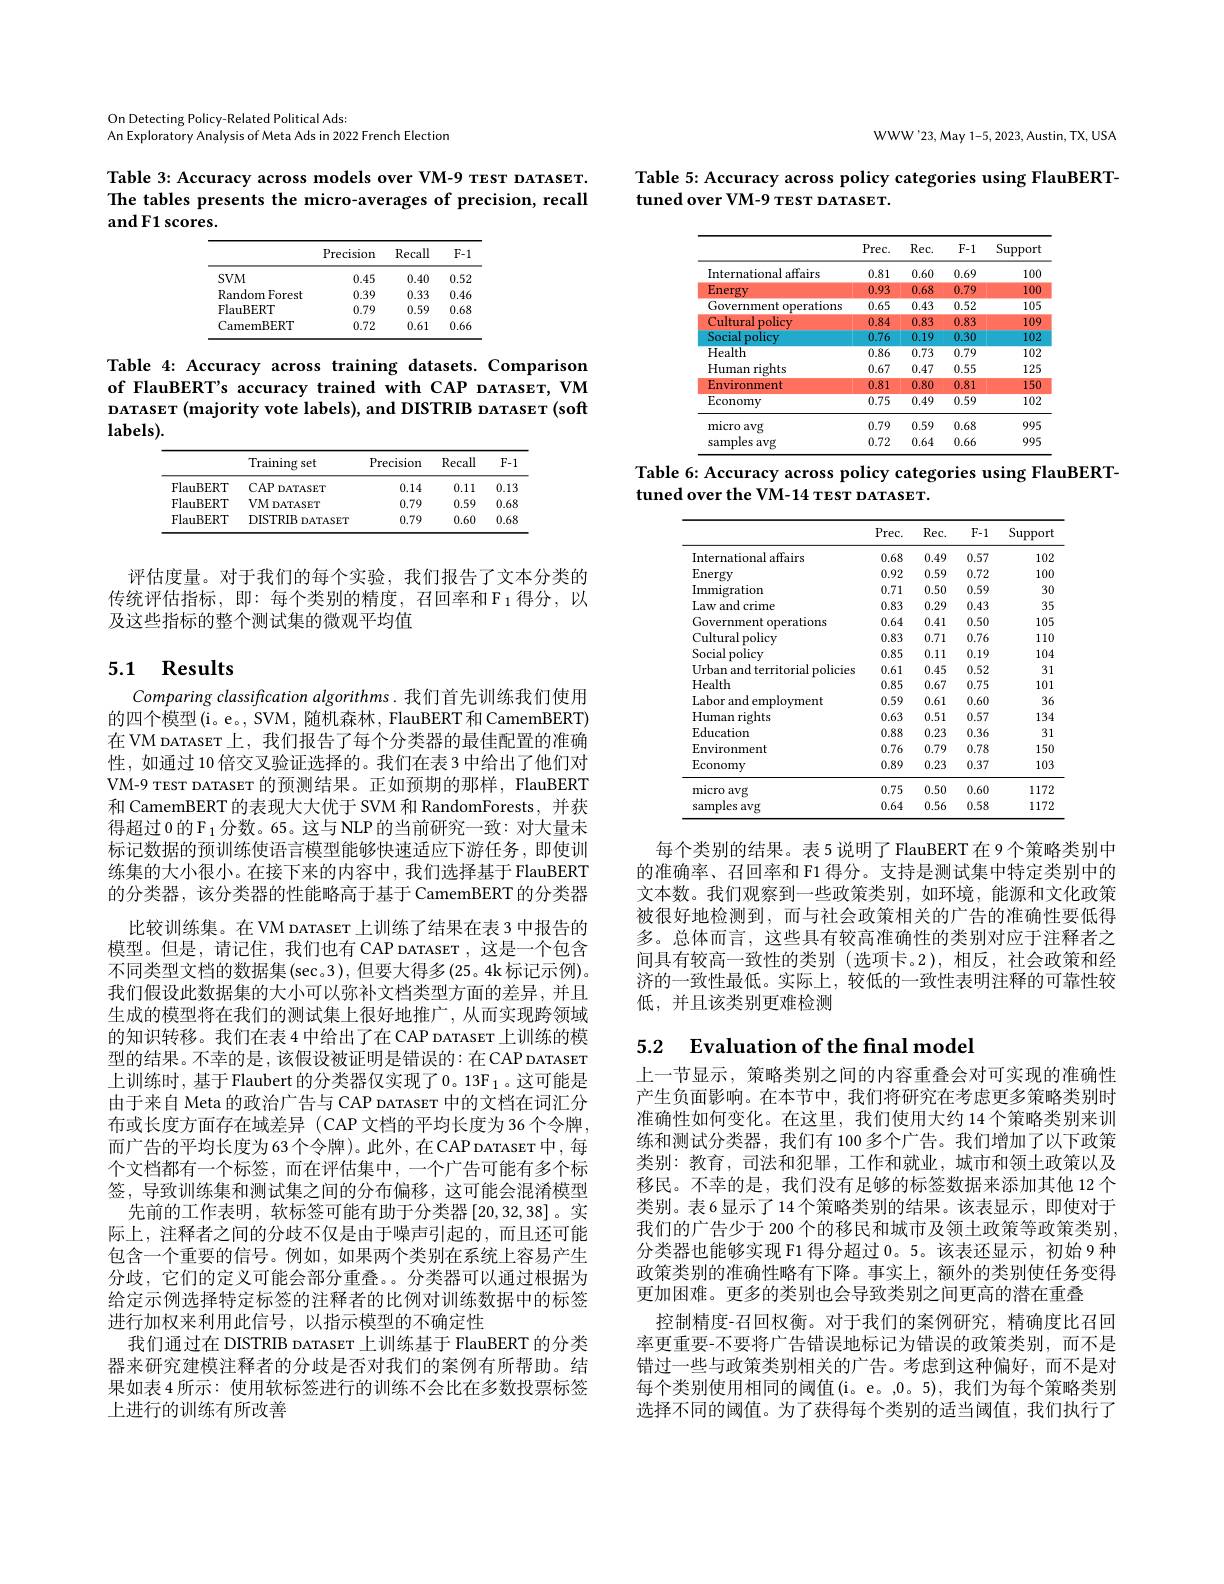
On Detecting Policy-Related Political Ads:
An Exploratory Analysis of Meta Ads in 2022 French Election

Table 3: Accuracy across models over VM-9 TEST DATASET. The tables presents the micro-averages of precision, recall andF1 scores.

<table>
	<tbody>
		<tr>
			<th> </th>
			<th>Precision</th>
			<th>Recall</th>
			<th>$F-$</th>
		</tr>
		<tr>
			<td>$SVM$</td>
			<td>0.45</td>
			<td>0.40</td>
			<td>0.52</td>
		</tr>
		<tr>
			<td>Random Forest 1</td>
			<td>0.39</td>
			<td>0.33</td>
			<td>$0.4\epsilon$</td>
		</tr>
		<tr>
			<td>FlauBERT</td>
			<td>0.79</td>
			<td>0.59</td>
			<td>0.68</td>
		</tr>
		<tr>
			<td>CamemBERT</td>
			<td>0.72</td>
			<td>0.61</td>
			<td>$0.6\epsilon$</td>
		</tr>
	</tbody>
</table>

Table 4: Accuracy across training datasets. Comparison of FlauBERT's accuracy trained with CAP DATASET, VM DATASET (majority vote labels), and DISTRIB DATAsET (soft $\mathbf{labels}).$

<table>
	<tbody>
		<tr>
			<th> </th>
			<th>Training set</th>
			<th>Precision</th>
			<th>Recall</th>
			<th>$F-1$</th>
		</tr>
		<tr>
			<td>FlauBERT</td>
			<td>$CAPI$ DATASET</td>
			<td>0.14</td>
			<td>0.11</td>
			<td>0.13</td>
		</tr>
		<tr>
			<td>FlauBERT</td>
			<td>VM DATASET</td>
			<td>0.79</td>
			<td>0.59</td>
			<td>0.68</td>
		</tr>
		<tr>
			<td>FlauBERT</td>
			<td>DISTRIB DATASET</td>
			<td>0.79</td>
			<td>0.60</td>
			<td>0.68</td>
		</tr>
	</tbody>
</table>

评估度量。对于我们的每个实验，我们报告了文本分类的传统评估指标，即：每个类别的精度，召回率和$\mathcal{F}_1$ 得分，以及这些指标的整个测试集的微观平均值

# 5.1 Results

Comparing classification algorithms. 我们首先训练我们使用的四个模型(i。e。, SVM, 随机森林，FlauBERT 和 CamemBERT) 在 VM DATAsET 上，我们报告了每个分类器的最佳配置的准确性，如通过 10 倍交叉验证选择的。我们在表 3 中给出了他们对VM-9 TEST DATAsET 的预测结果。正如预期的那样，FlauBERT 和 CamemBERT 的表现大大优于 SVM 和 RandomForests, 并获得超过 0 的$\mathcal{F}_1$分数。65。这与 NLP 的当前研究一致：对大量未标记数据的预训练使语言模型能够快速适应下游任务，即使训练集的大小很小。在接下来的内容中，我们选择基于 FlauBERT 的分类器，该分类器的性能略高于基于 CamemBERT 的分类器
比较训练集。在 VM DATASET 上训练了结果在表 3 中报告的模型。但是，请记住，我们也有 CAP DATASET ,这是一个包含不同类型文档的数据集$(\sec3)$, 但要大得多(25。4k 标记示例)。我们假设此数据集的大小可以弥补文档类型方面的差异，并且生成的模型将在我们的测试集上很好地推广，从而实现跨领域的知识转移。我们在表 4 中给出了在 CAP DATAsET 上训练的模型的结果。不幸的是，该假设被证明是错误的：在CAP DATASET 上训练时，基于 Flaubert 的分类器仅实现了 0。13F 1 。这可能是由于来自 Meta 的政治广告与 CAP DATASET 中的文档在词汇分布或长度方面存在域差异 (CAP 文档的平均长度为 36 个令牌， 而广告的平均长度为63个令牌)。此外，在CAP DATASET 中，每个文档都有一个标签，而在评估集中，一个广告可能有多个标签，导致训练集和测试集之间的分布偏移，这可能会混淆模型
先前的工作表明，软标签可能有助于分类器[20,32,38]。实际上，注释者之间的分歧不仅是由于噪声引起的，而且还可能包含一个重要的信号。例如，如果两个类别在系统上容易产生分歧，它们的定义可能会部分重叠。分类器可以通过根据为给定示例选择特定标签的注释者的比例对训练数据中的标签进行加权来利用此信号，以指示模型的不确定性
我们通过在 DISTRIB DATASET 上训练基于 FlauBERT 的分类器来研究建模注释者的分歧是否对我们的案例有所帮助。结果如表 4 所示：使用软标签进行的训练不会比在多数投票标签上进行的训练有所改善

WWW'23, May 1-5, 2023, Austin, TX, USA

Table 5: Accuracy across policy categories using FlauBERT-
tuned over VM-9 TEST DATASET.

<table>
	<tbody>
		<tr>
			<th> </th>
			<th>Prec. </th>
			<th>$Rec.$</th>
			<th>$F-1$</th>
			<th>Support</th>
		</tr>
		<tr>
			<td>International affairs</td>
			<td>0.81</td>
			<td>0.60</td>
			<td>0.69</td>
			<td>100</td>
		</tr>
		<tr>
			<td>Energy</td>
			<td>0.93</td>
			<td>0.68</td>
			<td>0.79</td>
			<td>10C</td>
		</tr>
		<tr>
			<td>Government operations</td>
			<td>0.65</td>
			<td>0.43</td>
			<td>0.52</td>
			<td>105</td>
		</tr>
		<tr>
			<td>Cultural policy</td>
			<td>0.84</td>
			<td>0.83</td>
			<td>0.83</td>
			<td>10S</td>
		</tr>
		<tr>
			<td>Social policy</td>
			<td>0.76</td>
			<td>0.19</td>
			<td>0.30</td>
			<td>102</td>
		</tr>
		<tr>
			<td>Health</td>
			<td>0.86</td>
			<td>0.73</td>
			<td>0.79</td>
			<td>102</td>
		</tr>
		<tr>
			<td>Human rights</td>
			<td>0.67</td>
			<td>0.47</td>
			<td>0.55</td>
			<td>125</td>
		</tr>
		<tr>
			<td>Environment</td>
			<td>0.81</td>
			<td>0.80</td>
			<td>0.81</td>
			<td>$15C$</td>
		</tr>
		<tr>
			<td>Economy</td>
			<td>0.75</td>
			<td>0.49</td>
			<td>0.59</td>
			<td>102</td>
		</tr>
		<tr>
			<td>micro avg</td>
			<td>0.79</td>
			<td>0.59</td>
			<td>0.68</td>
			<td>995</td>
		</tr>
		<tr>
			<td>nples avg</td>
			<td>0.72</td>
			<td>0.64</td>
			<td>0.66</td>
			<td>995</td>
		</tr>
	</tbody>
</table>
Table 6: Accuracy across policy categories using FlauBERT-

tuned over the VM-14 TEST DATASET.

<table>
	<tbody>
		<tr>
			<th> </th>
			<th>$Prec.$</th>
			<th>$Rec.$</th>
			<th>$F-1$</th>
			<th>Support</th>
		</tr>
		<tr>
			<td>International affairs</td>
			<td>0.68</td>
			<td>0.49</td>
			<td>0.57</td>
			<td>102</td>
		</tr>
		<tr>
			<td>Energy</td>
			<td>0.92</td>
			<td>0.59</td>
			<td>0.72</td>
			<td>100</td>
		</tr>
		<tr>
			<td>Immigration</td>
			<td>0.71</td>
			<td>0.50</td>
			<td>0.59</td>
			<td>30</td>
		</tr>
		<tr>
			<td>Law and crime</td>
			<td>0.83</td>
			<td>0.29</td>
			<td>0.43</td>
			<td>35</td>
		</tr>
		<tr>
			<td>Government operations</td>
			<td>0.64</td>
			<td>0.41</td>
			<td>0.50</td>
			<td>105</td>
		</tr>
		<tr>
			<td>Cultural policy</td>
			<td>0.83</td>
			<td>0.71</td>
			<td>0.76</td>
			<td>110</td>
		</tr>
		<tr>
			<td>Social policy</td>
			<td>0.85</td>
			<td>0.11</td>
			<td>0.19</td>
			<td>104</td>
		</tr>
		<tr>
			<td>Urban and territorial policies</td>
			<td>0.61</td>
			<td>0.45</td>
			<td>0.52</td>
			<td>31</td>
		</tr>
		<tr>
			<td>Health</td>
			<td>0.85</td>
			<td>0.67</td>
			<td>0.75</td>
			<td>101</td>
		</tr>
		<tr>
			<td>Labor and employment</td>
			<td>0.59</td>
			<td>0.61</td>
			<td>0.60</td>
			<td>36</td>
		</tr>
		<tr>
			<td>Human rights</td>
			<td>0.63</td>
			<td>0.51</td>
			<td>0.57</td>
			<td>134</td>
		</tr>
		<tr>
			<td>Education</td>
			<td>0.88</td>
			<td>0.23</td>
			<td>0.36</td>
			<td>31</td>
		</tr>
		<tr>
			<td>Environment</td>
			<td>0.76</td>
			<td>0.79</td>
			<td>0.78</td>
			<td>150</td>
		</tr>
		<tr>
			<td>Economy</td>
			<td>0.89</td>
			<td>0.23</td>
			<td>0.37</td>
			<td>103</td>
		</tr>
		<tr>
			<td>micro avg</td>
			<td>0.75</td>
			<td>0.50</td>
			<td>0.60</td>
			<td>1172</td>
		</tr>
		<tr>
			<td>samples avg</td>
			<td>0.64</td>
			<td>0.56</td>
			<td>0.58</td>
			<td>1172</td>
		</tr>
	</tbody>
</table>

每个类别的结果。表 5 说明了 FlauBERT 在 9 个策略类别中的准确率、召回率和 F1 得分。支持是测试集中特定类别中的文本数。我们观察到一些政策类别，如环境，能源和文化政策被很好地检测到，而与社会政策相关的广告的准确性要低得多。总体而言，这些具有较高准确性的类别对应于注释者之间具有较高一致性的类别 (选项卡。2),相反，社会政策和经济的一致性最低。实际上，较低的一致性表明注释的可靠性较低，并且该类别更难检测

# 5.2 Evaluation of the final model

上一节显示，策略类别之间的内容重叠会对可实现的准确性产生负面影响。在本节中，我们将研究在考虑更多策略类别时准确性如何变化。在这里，我们使用大约 14个策略类别来训练和测试分类器，我们有 100 多个广告。我们增加了以下政策类别：教育，司法和犯罪，工作和就业，城市和领土政策以及移民。不幸的是，我们没有足够的标签数据来添加其他 12 个类别。表6显示了14个策略类别的结果。该表显示，即使对于我们的广告少于 200 个的移民和城市及领土政策等政策类别， 分类器也能够实现 F1 得分超过 0。5。该表还显示，初始 9 种政策类别的准确性略有下降。事实上，额外的类别使任务变得更加困难。更多的类别也会导致类别之间更高的潜在重叠
控制精度-召回权衡。对于我们的案例研究，精确度比召回率更重要-不要将广告错误地标记为错误的政策类别，而不是错过一些与政策类别相关的广告。考虑到这种偏好，而不是对每个类别使用相同的阈值(i。e。,0。5), 我们为每个策略类别选择不同的阈值。为了获得每个类别的适当阈值，我们执行了